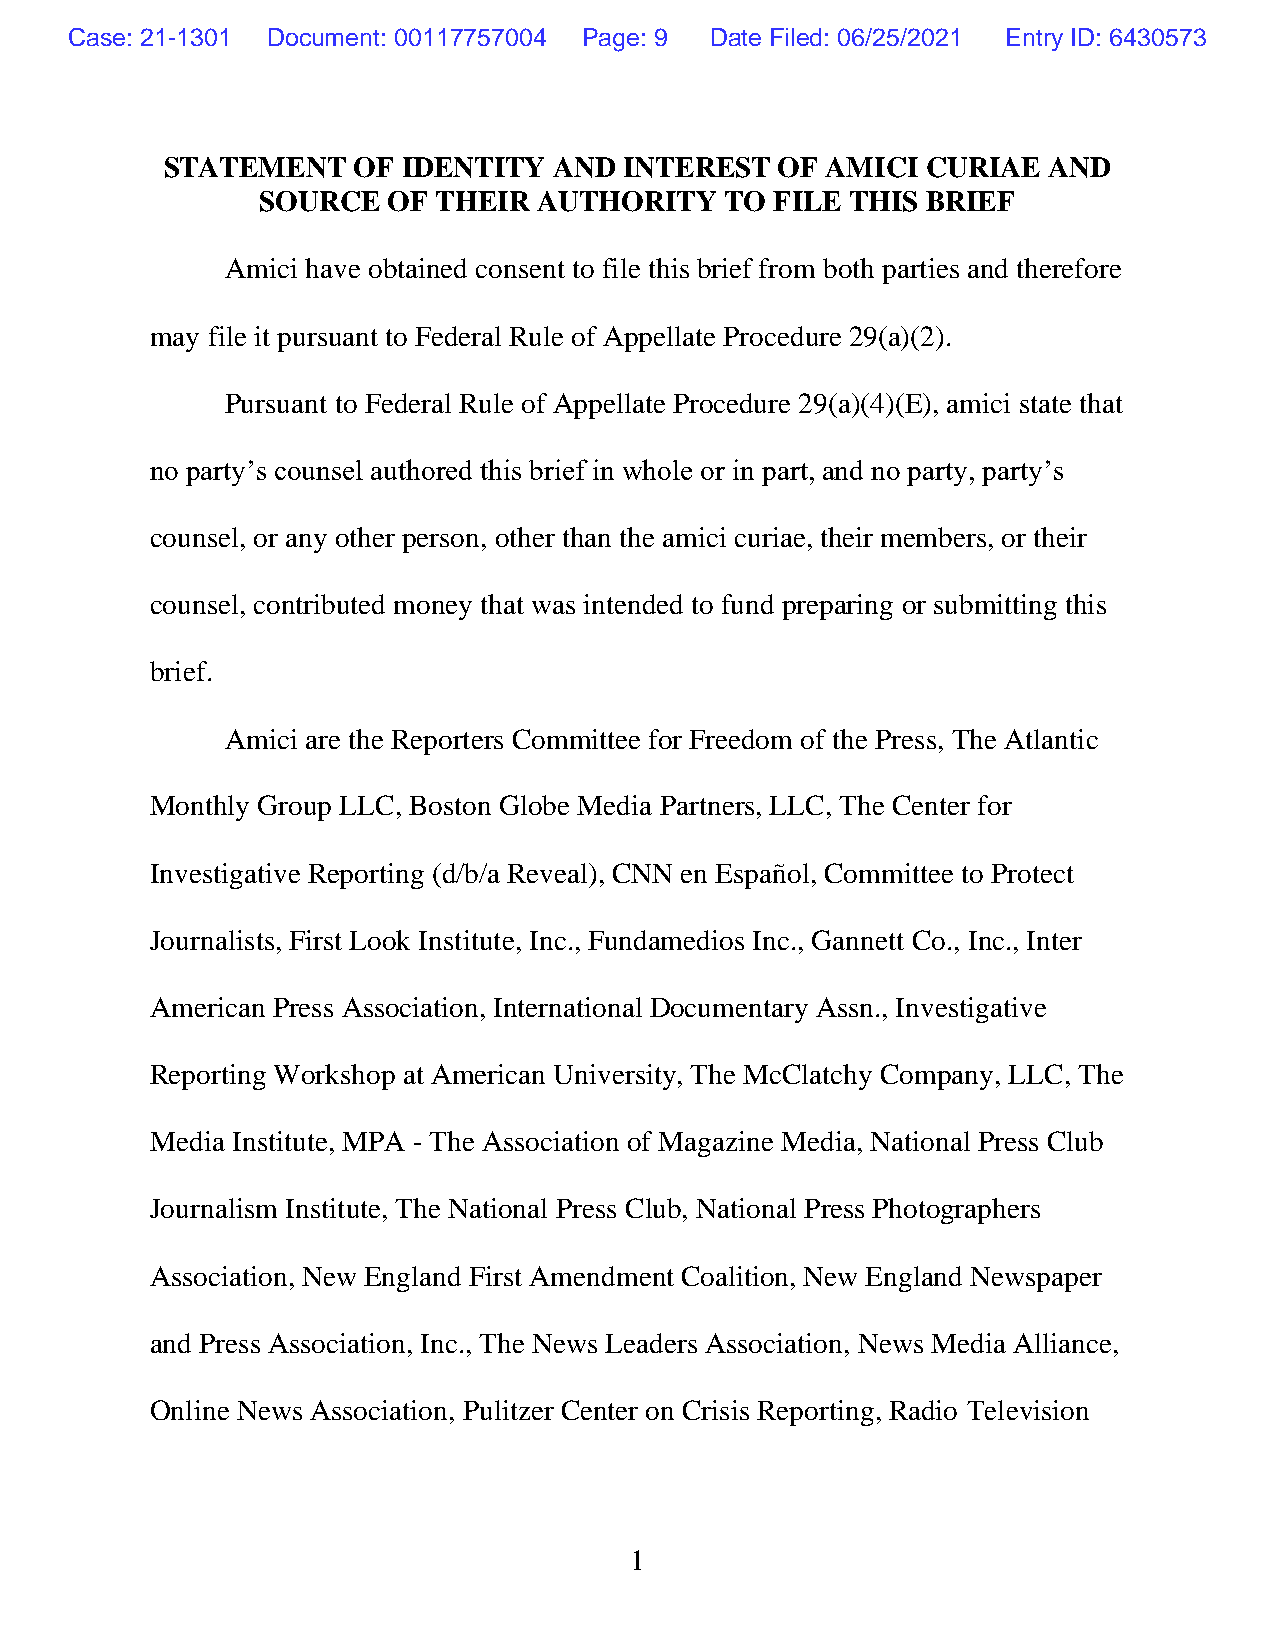
Case: 21-1301 Document: 00117757004 Page: 9 Date Filed: 06/25/2021 Entry ID: 6430573
 STATEMENT   OF  IDENTITY  AND INTEREST   OF AMICI CURIAE  AND
 SOURCE   OF THEIR  AUTHORITY   TO FILE THIS BRIEF
 Amici have obtained consent to file this brief from both parties and therefore
 may file it pursuant to Federal Rule of Appellate Procedure 29(a)(2).
 Pursuant to Federal Rule of Appellate Procedure 29(a)(4)(E), amici state that
 no party’s counsel authored this brief in whole or in part, and no party, party’s
 counsel, or any other person, other than the amici curiae, their members, or their
 counsel, contributed money that was intended to fund preparing or submitting this
 brief.
 Amici are the Reporters Committee for Freedom of the Press, The Atlantic
 Monthly Group LLC, Boston Globe Media Partners, LLC, The Center for
 Investigative Reporting (d/b/a Reveal), CNN en Español, Committee to Protect
 Journalists, First Look Institute, Inc., Fundamedios Inc., Gannett Co., Inc., Inter
 American Press Association, International Documentary Assn., Investigative
 Reporting Workshop at American University, The McClatchy Company, LLC, The
 Media Institute, MPA - The Association of Magazine Media, National Press Club
 Journalism Institute, The National Press Club, National Press Photographers
 Association, New England First Amendment Coalition, New England Newspaper
 and Press Association, Inc., The News Leaders Association, News Media Alliance,
 Online News Association, Pulitzer Center on Crisis Reporting, Radio Television
 1